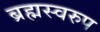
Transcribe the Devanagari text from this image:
ब्रह्मस्वरुप